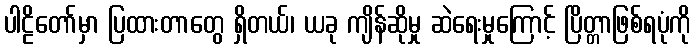
ပါဠိတော်မှာ ပြထားတာတွေ ရှိတယ်၊ ယခု ကျိန်ဆိုမှု ဆဲရေးမှုကြောင့် ပြိတ္တာဖြစ်ရပုံကို